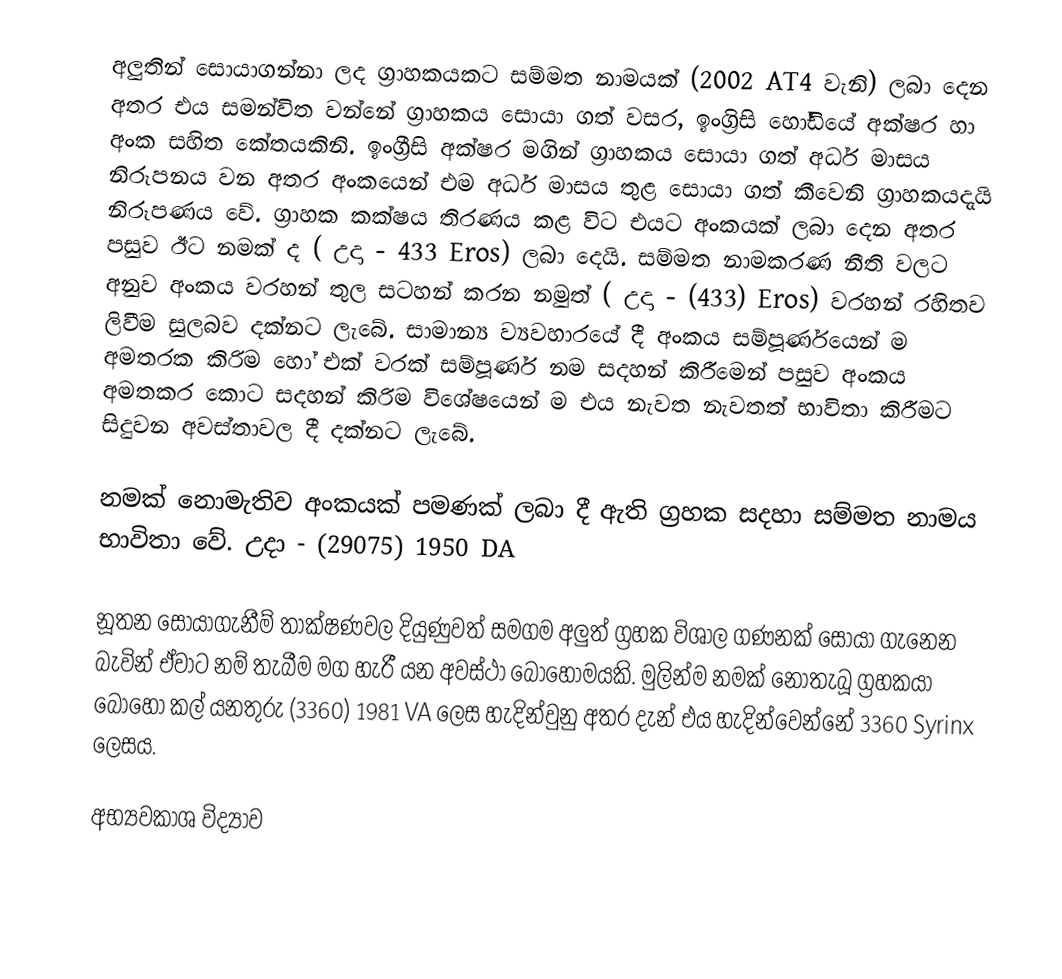
අලුතින් සොයාගන්නා ලද ග්‍රාහකයකට සම්මත නාමයක්   (2002 AT4 වැනි) ලබා දෙන අතර එය සමන්විත වන්නේ ග්‍රාහකය සොයා ගත් වසර, ඉංග්‍රිසි ‍හෝඩියේ අක්ෂර හා අංක සහිත කේතයකිනි. ඉංග්‍රීසි අක්ෂර මගින් ග්‍රාහකය සොයා ගත් අර්ධ මාසය නිරූපනය වන අතර අංකයෙන් එම අර්ධ මාසය තුළ සොයා ගත් කීවෙනි ග්‍රාහකයදැයි නිරූපණය වේ. ග්‍රාහක කක්ෂය තිරණය කළ විට එයට අංකයක් ලබා දෙන අතර පසුව ඊට නමක් ද ( උදා - 433 Eros) ලබා දෙයි. සම්මත නාමකරණ නීති වලට අනුව අංකය වරහන් තුල සටහන් කරන නමුත් ( උදා - (433)  Eros) වරහන් රහිතව ලිවීම සුලබව දක්නට ලැබේ. සාමාන්‍ය ව්‍යවහාරයේ දී  අංකය සම්පූර්ණයෙන් ම අමතරක කිරිම  හෝ එක් වරක් සම්පූර්ණ‍ නම සදහන් කිරීමෙන් පසුව අංකය අමතකර කොට සදහන් කිරිම විශේෂයෙන් ම එය නැවත නැවතත් භාවිතා කිරීමට සිදුවන අවස්තාවල දී දක්නට ලැබේ.

නමක් නොමැතිව අංකයක් පමණක් ලබා දී ඇති ග්‍රහක සදහා සම්මත නාමය භාවිතා වේ. උදා - (29075) 1950 DA

නූතන සොයාගැනීම් තාක්ෂණවල දියුණුවත් සමගම  අලුත් ග්‍රහක විශාල ගණනක් සොයා ‍ගැනෙන බැවින් ඒවාට නම් තැබීම මග හැරී යන අවස්ථා බොහොමයකි. මුලින්ම නමක් නොතැබූ ග්‍රහකයා බොහෝ කල් යනතුරු  (3360) 1981 VA ලෙස හැදින්වුනු අතර දැන් එය හැදි‍න්වෙන්නේ 3360 Syrinx ලෙසය.

අභ්‍යවකාශ විද්‍යාව